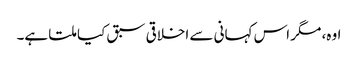
اوہ، مگر اس کہانی سے اخلاقی سبق کیا ملتا ہے۔